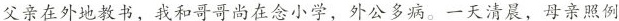
父亲在外地教书，我和哥哥尚在念小学，外公多病。一天清晨，母亲照例